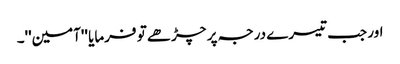
اور جب تیسرے درجہ پر چڑھے تو فرمایا ''آمین''۔